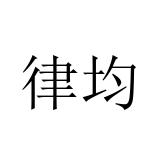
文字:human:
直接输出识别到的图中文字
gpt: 律均